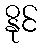
နိုင်